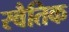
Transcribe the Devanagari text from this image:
स्वैतिक